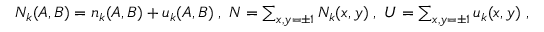
\begin{array} { r } { N _ { k } ( A , B ) = n _ { k } ( A , B ) + u _ { k } ( A , B ) \; , \; N = \sum _ { x , y = \pm 1 } N _ { k } ( x , y ) \; , \; U = \sum _ { x , y = \pm 1 } u _ { k } ( x , y ) \; , } \end{array}